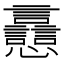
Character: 𧮗